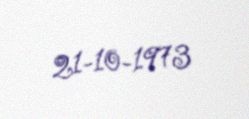
21-10-1973